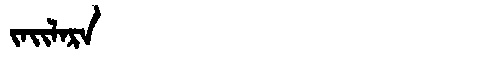
Manchu: ᠵᠠᡳᠯᠠᡵᠠ
Romanization: JAILARA